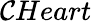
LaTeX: \mathcal{C}Heart